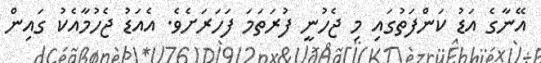
އޭނާގެ އަޑު ކަންފަތުގައި މި ޖެހުނީ ފުރަތަމަ ފަހަރަށެވެ. އެއަޑު ޖެހުމާއެކު ގައިން